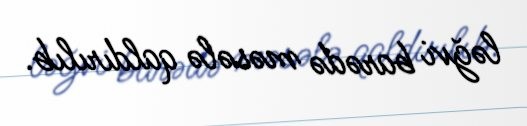
ləğvi barədə məsələ qaldırılıb.